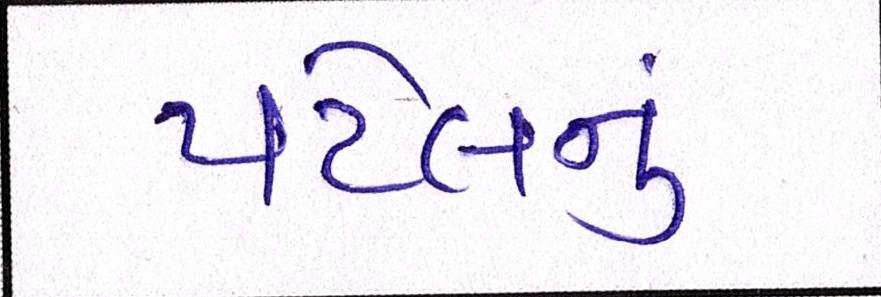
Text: પટેલનું